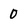
Character: 0